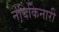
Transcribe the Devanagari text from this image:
नदिकिनारी